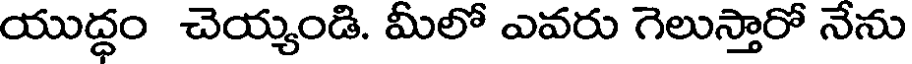
యుద్ధం చెయ్యండి. మీలో ఎవరు గెలుస్తారో నేను